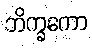
ဘိက္ခကော